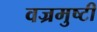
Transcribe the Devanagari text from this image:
वज्रमुष्टी